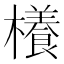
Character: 𣞼